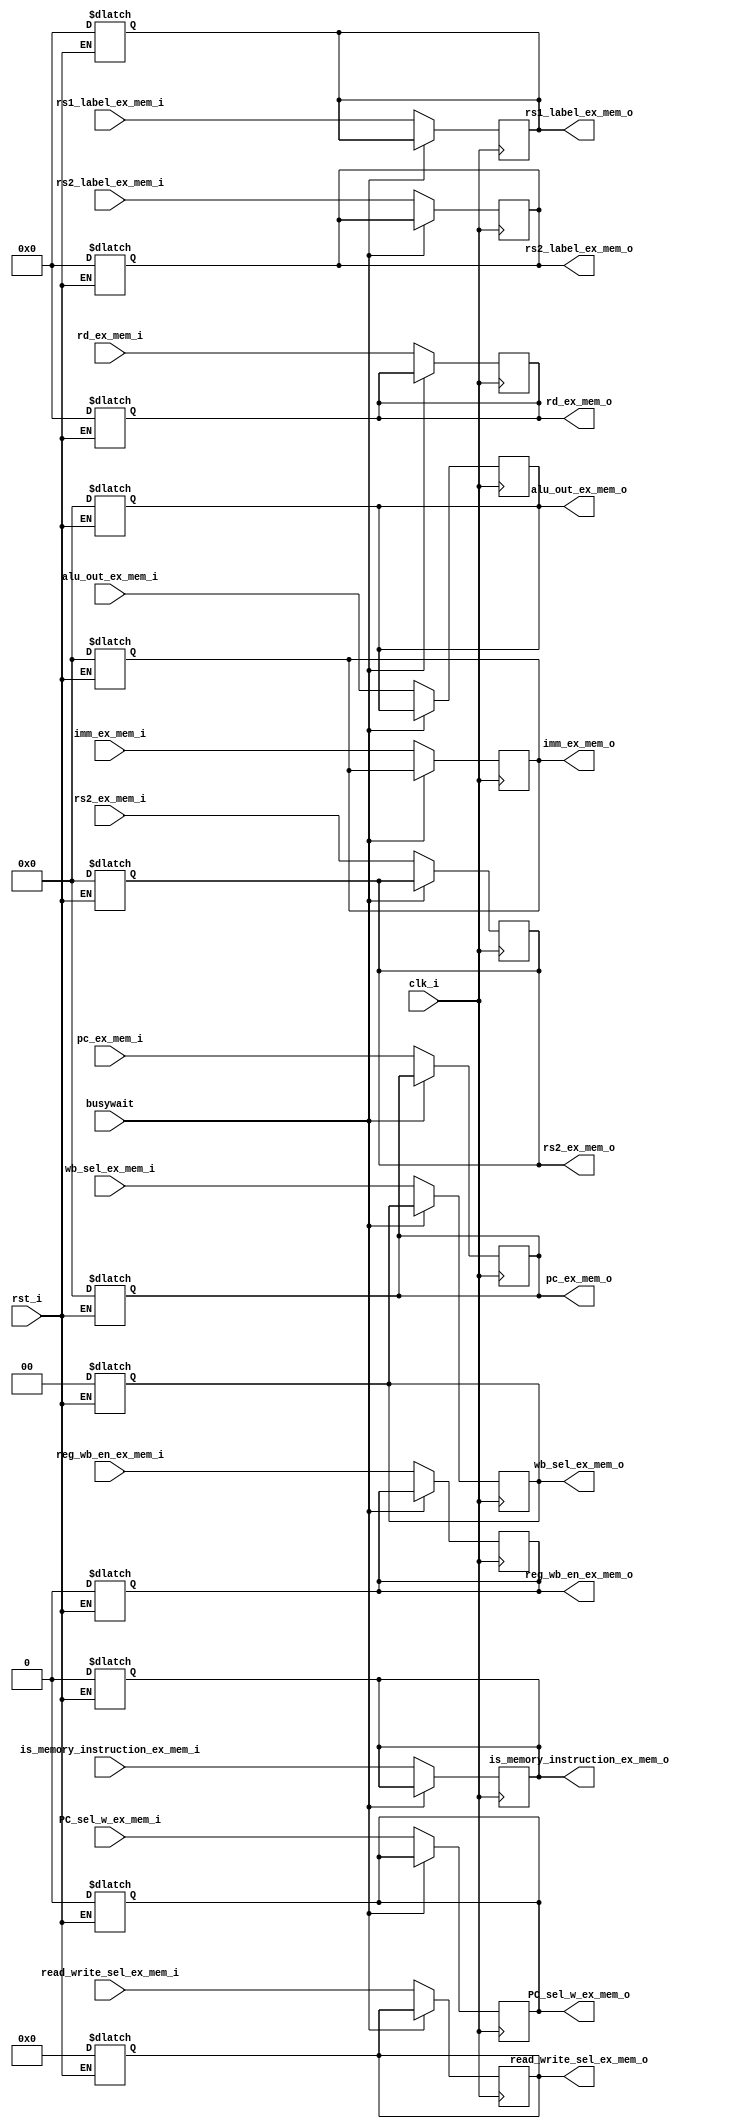
`timescale 1ns / 1ps

module ex_mem_stage_reg(
    input clk_i,
    input rst_i,
    input busywait,
    
    input [31:0] alu_out_ex_mem_i, //ALU CIKISI
    input reg_wb_en_ex_mem_i, //writeback control sinyali
    input [4:0] rd_ex_mem_i,
    input [31:0] pc_ex_mem_i,
    input [1:0] wb_sel_ex_mem_i,
    input [31:0] imm_ex_mem_i,
    input [4:0] rs1_label_ex_mem_i,
    input [4:0] rs2_label_ex_mem_i,
    input [3:0] read_write_sel_ex_mem_i,
    input [31:0] rs2_ex_mem_i,//data cache'a yazilacak deger
    input is_memory_instruction_ex_mem_i,
    input PC_sel_w_ex_mem_i,
    
    
    output reg [31:0] alu_out_ex_mem_o,
    output reg reg_wb_en_ex_mem_o,
    output reg [4:0] rd_ex_mem_o,
    output reg [31:0] pc_ex_mem_o,//bunlara gerek yok aslinda cunku ALU nun cikisi direkt PC counter'a bagli bizde
    output reg [1:0] wb_sel_ex_mem_o,
    output reg [31:0] imm_ex_mem_o,
    output reg [4:0] rs1_label_ex_mem_o,
    output reg [4:0] rs2_label_ex_mem_o,
    output reg [3:0] read_write_sel_ex_mem_o, 
    output reg [31:0] rs2_ex_mem_o,
    output reg is_memory_instruction_ex_mem_o,
    output reg PC_sel_w_ex_mem_o
    
    
    );
    
    always @(*)begin
    #0.1;
        if(rst_i) begin
        alu_out_ex_mem_o <= 32'd0;
        reg_wb_en_ex_mem_o <= 0;
        rd_ex_mem_o <= 5'd0;
        pc_ex_mem_o <= 32'd0;
        wb_sel_ex_mem_o <= 2'd0;
        imm_ex_mem_o <= 32'd0;
        rs1_label_ex_mem_o <= 5'd0;
        rs2_label_ex_mem_o <= 5'd0;
        read_write_sel_ex_mem_o <= 4'd0;
        rs2_ex_mem_o <= 32'd0;
        is_memory_instruction_ex_mem_o <= 0;
        PC_sel_w_ex_mem_o <= 0;
        end
    end
    
    always @(posedge clk_i) begin
    #0;
       if(!busywait)begin
        alu_out_ex_mem_o <= alu_out_ex_mem_i;
        reg_wb_en_ex_mem_o <= reg_wb_en_ex_mem_i;
        rd_ex_mem_o <= rd_ex_mem_i;
        pc_ex_mem_o <= pc_ex_mem_i;
        wb_sel_ex_mem_o <= wb_sel_ex_mem_i;
        imm_ex_mem_o <= imm_ex_mem_i;
        rs1_label_ex_mem_o <= rs1_label_ex_mem_i;
        rs2_label_ex_mem_o <= rs2_label_ex_mem_i;
        read_write_sel_ex_mem_o <= read_write_sel_ex_mem_i;
        rs2_ex_mem_o <= rs2_ex_mem_i;
        is_memory_instruction_ex_mem_o <= is_memory_instruction_ex_mem_i;
        PC_sel_w_ex_mem_o <= PC_sel_w_ex_mem_i;
        end
        end
    
endmodule